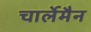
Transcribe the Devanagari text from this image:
चार्लेमैन